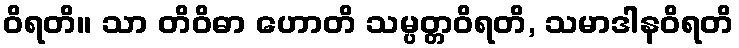
ဝိရတိ။ သာ တိဝိဓာ ဟောတိ သမ္ပတ္တဝိရတိ, သမာဒါနဝိရတိ